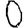
Digit: 0